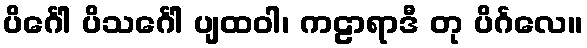
ပိင်္ဂေါ ပိသင်္ဂေါ ပျထဝါ၊ ကဠာရာဒီ တု ပိင်္ဂလေ။